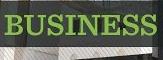
business